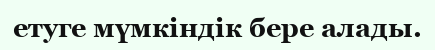
етуге мүмкіндік бере алады.